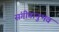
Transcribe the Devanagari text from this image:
संगीतानुभव